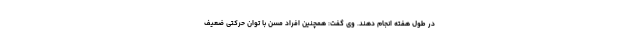
در طول هفته انجام دهند. وی گفت: همچنین افراد مسن با توان حرکتی ضعیف